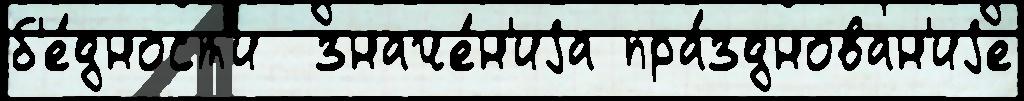
б'е́дност'и  значе́н'иjа пра́зднован'иjе